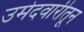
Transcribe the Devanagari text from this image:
उमेदवारीतून